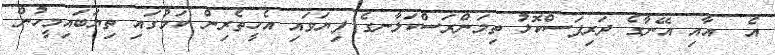
އެ  އާއި އޭނާގެ ދަރިފަސްކޮޅު ތިމަންރަސްކަލާނގެ ފިޔަވައި އެހީތެރިން ކަމުގައި ތިޔަބައިމީހުން